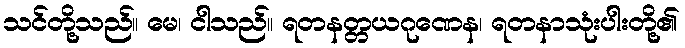
သင်တို့သည်။ မေ၊ ငါသည်။ ရတနတ္တယဂုဏေန၊ ရတနာသုံးပါးတို့၏